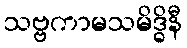
သဗ္ဗကာမသမိဒ္ဓိနီ